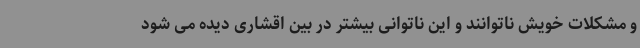
و مشکلات خویش ناتوانند و این ناتوانی بیشتر در بین اقشاری دیده می شود